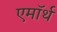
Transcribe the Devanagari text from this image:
एमॉर्थ